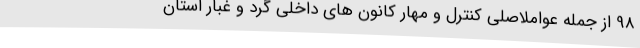
98 از جمله عواملاصلی کنترل و مهار کانون های داخلی گرد و غبار استان